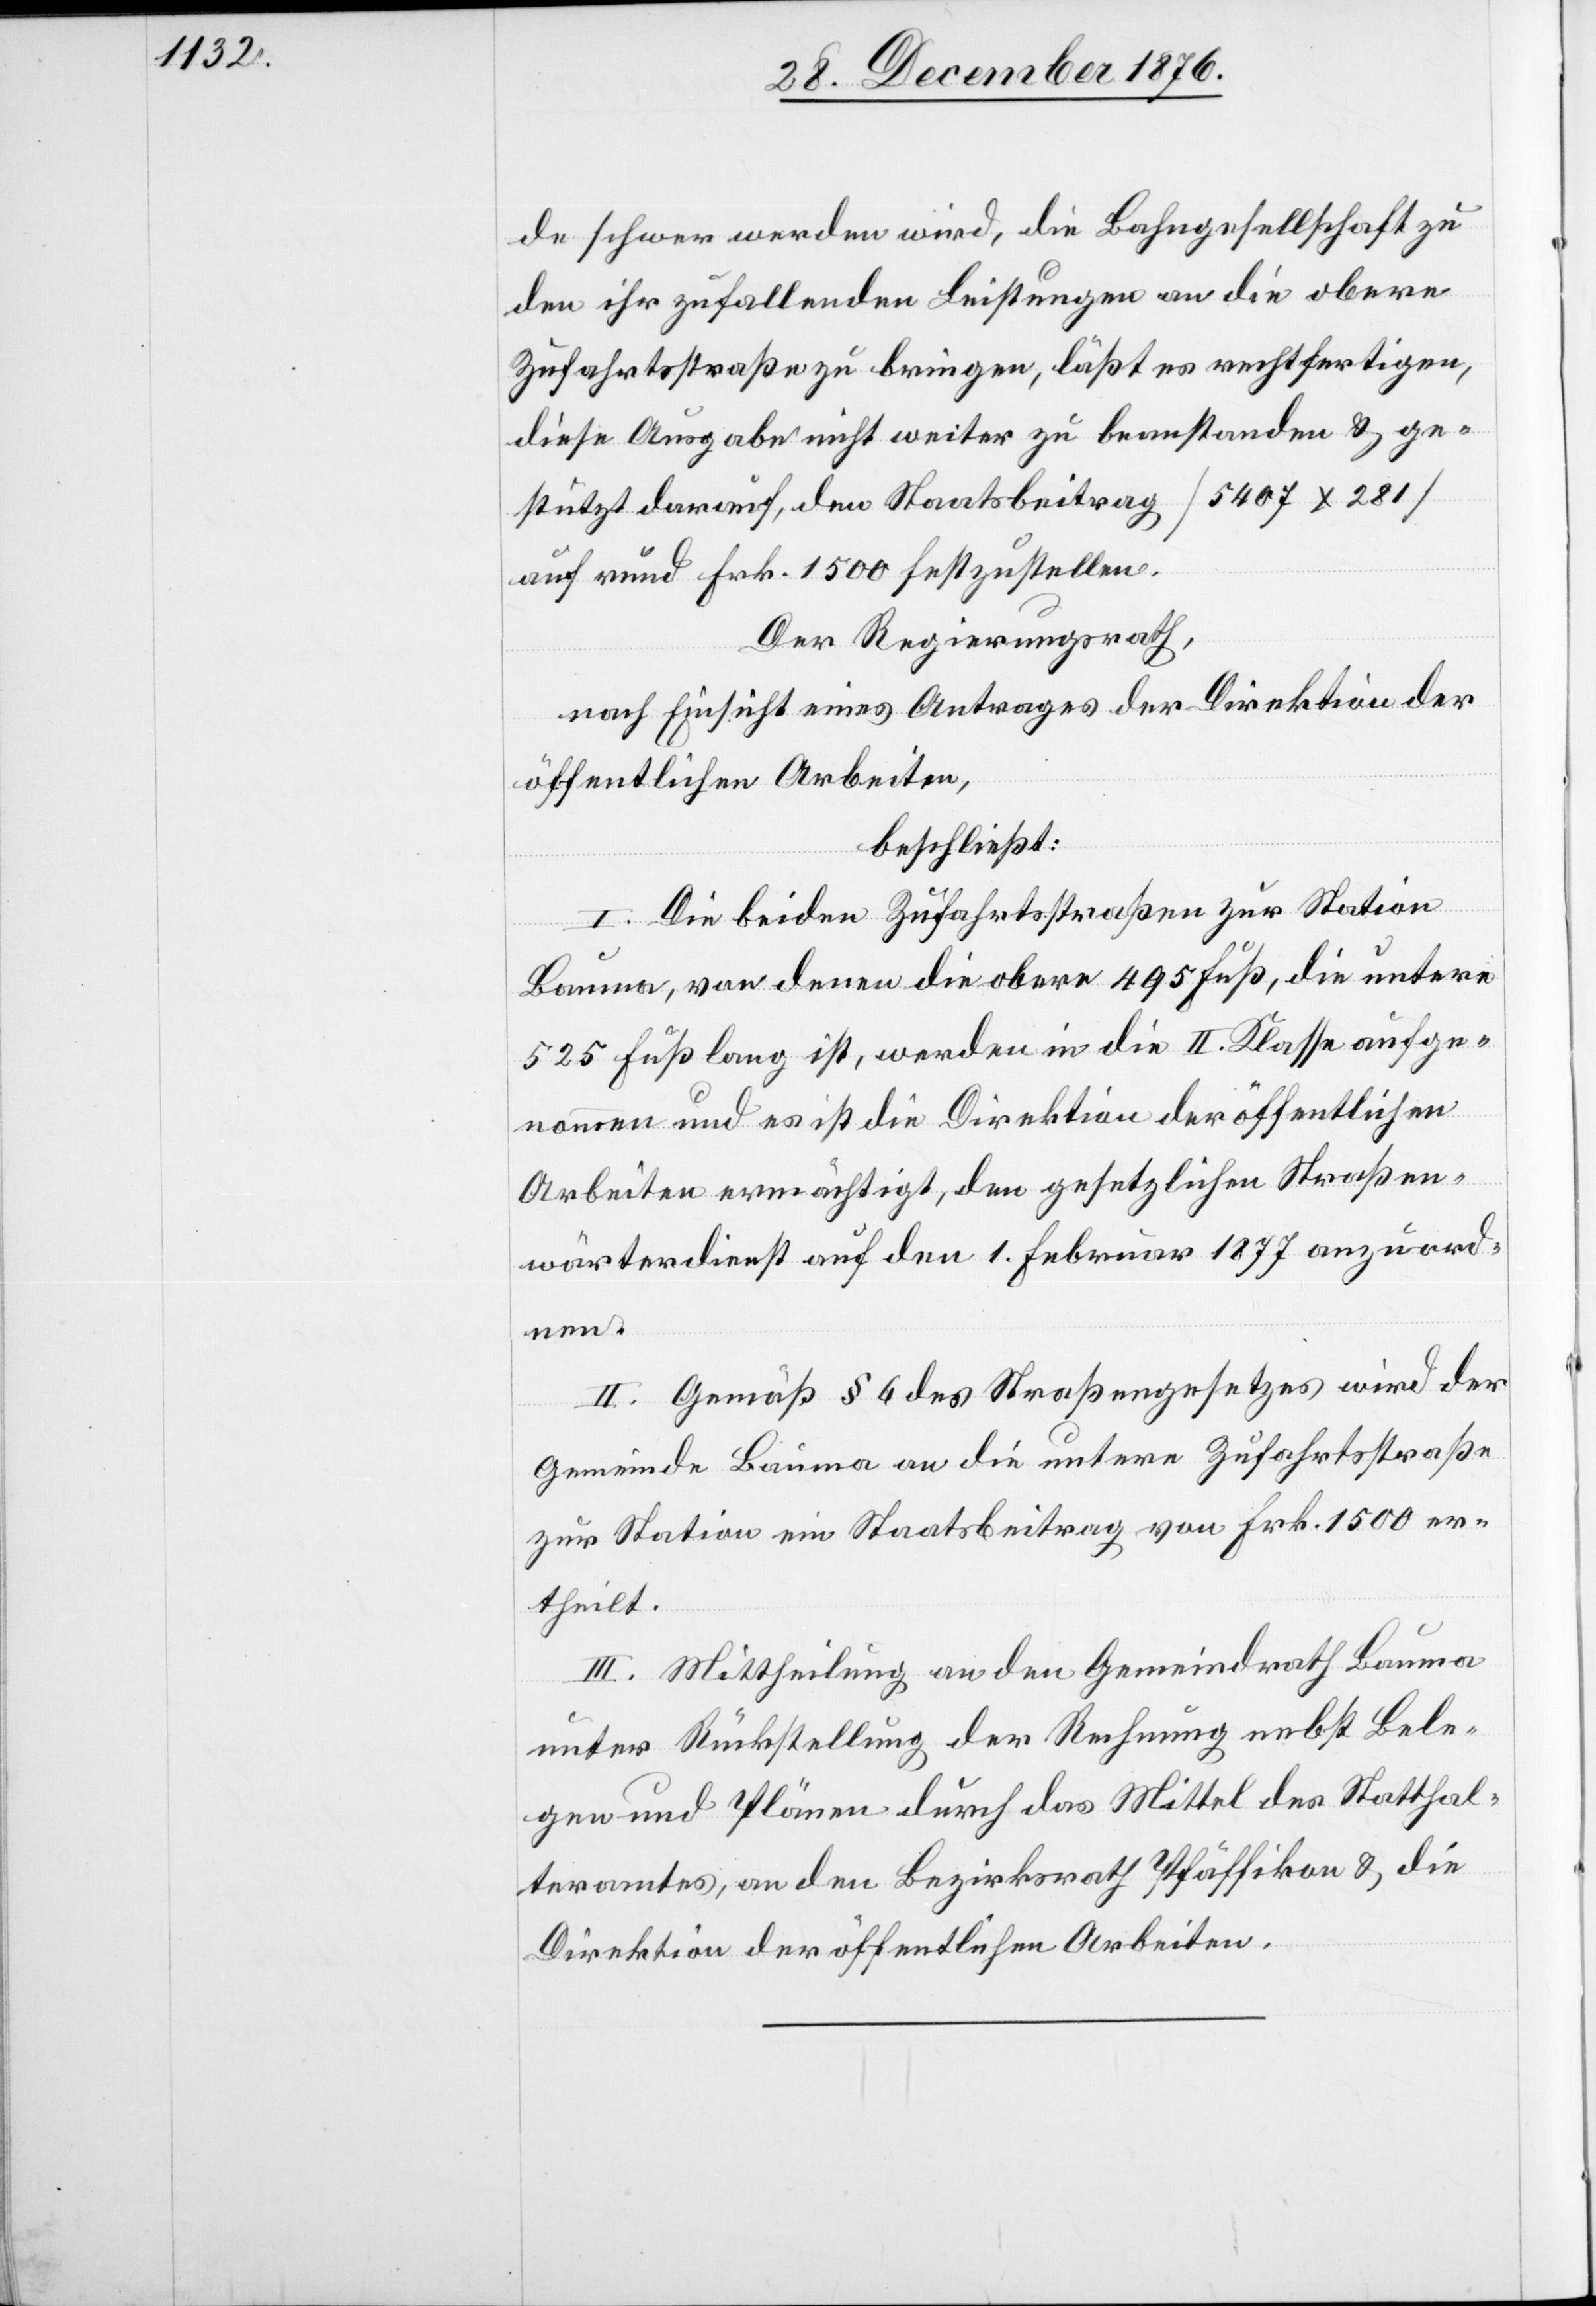
de schwer werden wird, die Bahngesellschaft zu
den ihr zufallenden Leistungen an die obere
Zufahrtsstraße zu bringen, läßt es rechtfertigen,
diese Ausgabe nicht weiter zu beanstanden & ge¬
stützt darauf, den Staatsbeitrag [5407 x 281]
auf rund Frk. 1500 festzustellen.
Der Regierungsrath,
nach Einsicht eines Antrages der Direktion der
öffentlichen Arbeiten,
beschließt:
I. Die beiden Zufahrtsstraßen zur Station
Bauma, von denen die obere 495 Fuß, die untere
525 Fuß lang ist, werden in die II. Klasse aufge¬
nommen und es ist die Direktion der öffentlichen
Arbeiten ermächtigt, den gesetzlichen Straßen¬
dienst auf den 1. Februar 1877 anzuord¬
nen.
II. Gemäß § 6 des Straßengesetzes wird der
Gemeinde Bauma an die untere Zufahrtsstraße
zur Station ein Staatsbeitrag von Frk. 1500 er¬
theilt.
III. Mittheilung an den Gemeindrath Bauma
unter Rückstellung der Rechnung nebst Bele¬
gen und Plänen durch das Mittel des Statthal¬
teramtes, an den Bezirksrath Pfäffikon & die
Direktion der öffentlichen Arbeiten.